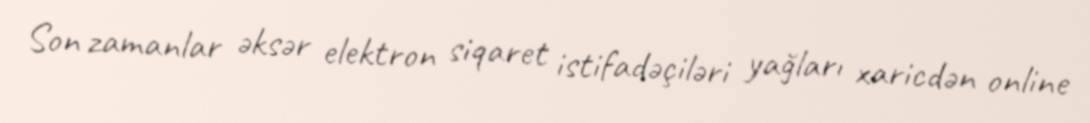
Son zamanlar əksər elektron siqaret istifadəçiləri yağları xaricdən online